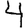
Digit: 4